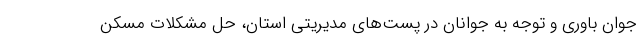
جوان باوری و توجه به جوانان در پست‌های مدیریتی استان، حل مشکلات مسکن